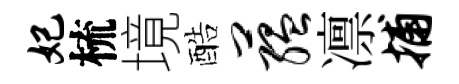
妃梳境酷蕴凛捕